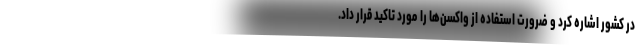
در کشور اشاره کرد و ضرورت استفاده از واکسن‌ها را مورد تاکید قرار داد.